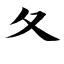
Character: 夂